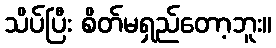
သိပ်ပြီး စိတ်မရှည်တော့ဘူး။